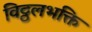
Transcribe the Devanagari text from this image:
विट्ठलभक्ति